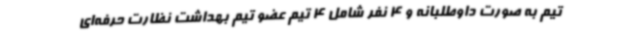
تیم به صورت داوطلبانه و 4 نفر شامل 4 تیم عضو تیم بهداشت نظارت حرفه‌ای